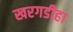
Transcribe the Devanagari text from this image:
खरगडीहा